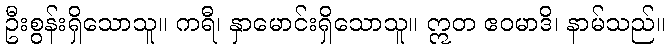
ဦးစွန်းရှိသောသူ။ ကရီ၊ နှာမောင်းရှိသောသူ။ ဣတ ဧဝမာဒိ၊ နာမ်သည်။